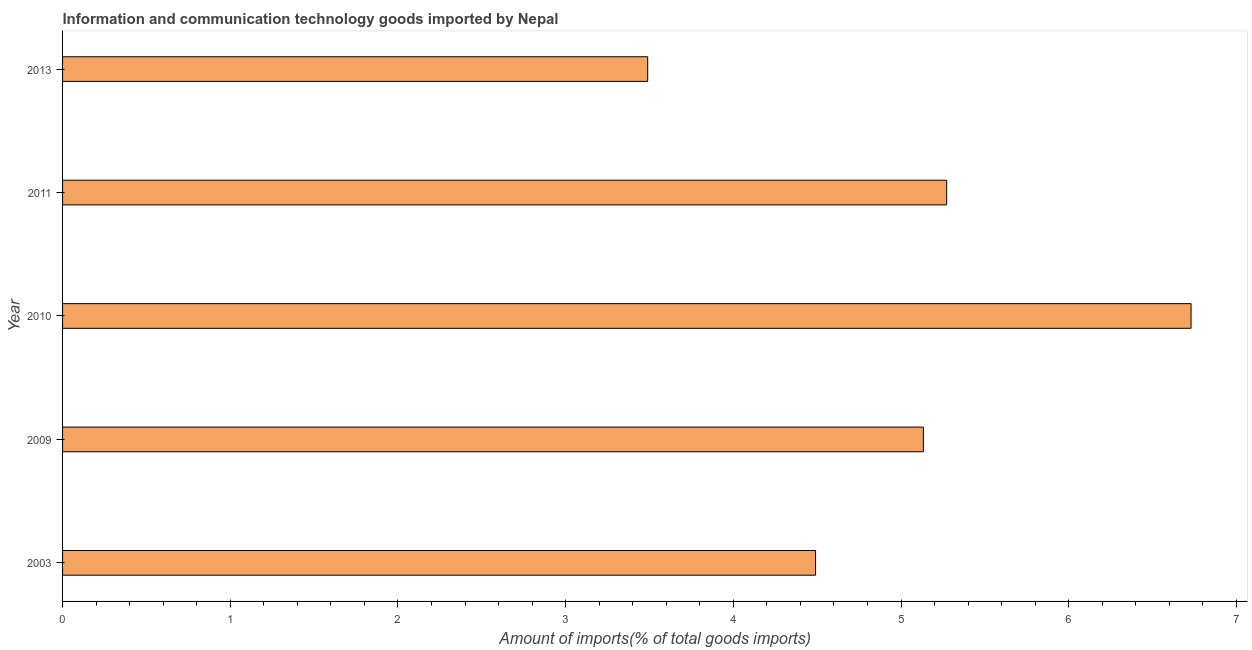
| Year | ICT goods imports |
 | --- | --- |
 | 2003 | 4.49 |
 | 2009 | 5.13 |
 | 2010 | 6.73 |
 | 2011 | 5.27 |
 | 2013 | 3.49 |